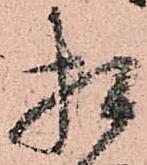
相